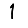
Digit: 1